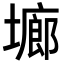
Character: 𭏱